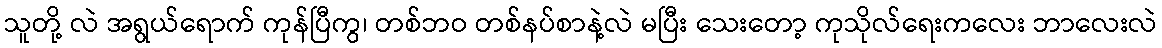
သူတို့ လဲ အရွယ်ရောက် ကုန်ပြီကွ၊ တစ်ဘဝ တစ်နပ်စာနဲ့လဲ မပြီး သေးတော့ ကုသိုလ်ရေးကလေး ဘာလေးလဲ